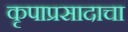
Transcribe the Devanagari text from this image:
कृपाप्रसादाचा